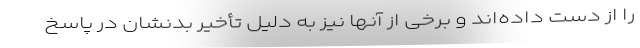
را از دست داده‌اند و برخی از آنها نیز به دلیل تأخیر بدنشان در پاسخ